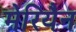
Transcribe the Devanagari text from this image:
मेरियैन